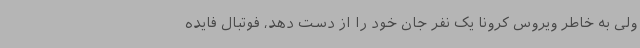
ولی به خاطر ویروس کرونا یک نفر جان خود را از دست دهد، فوتبال فایده